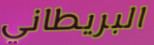
البريطاني